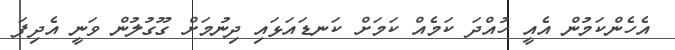
އެހެންކަމުން އެއީ ހުއްދަ ކަމެއް ކަމަށް ކަނޑައަޅައި ދިނުމަށް ގޫގުލުން ވަނީ އެދިފަ